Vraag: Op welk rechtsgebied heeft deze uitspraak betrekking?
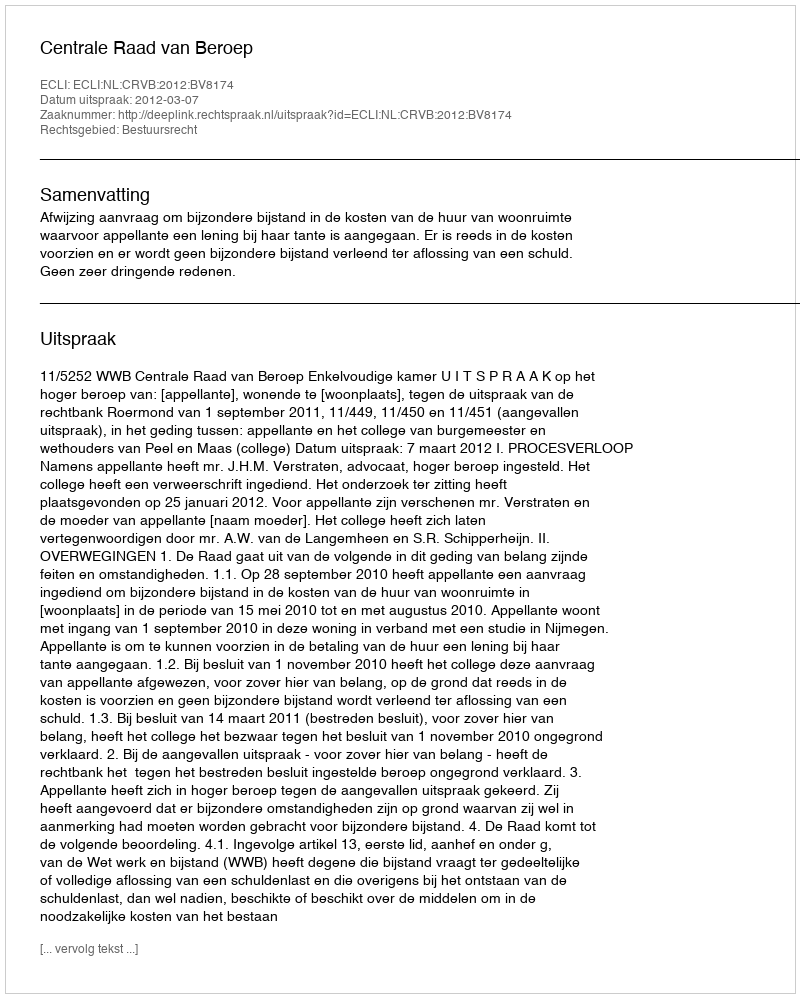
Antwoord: Bestuursrecht